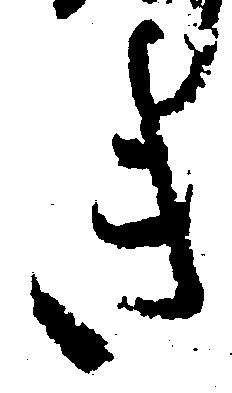
き